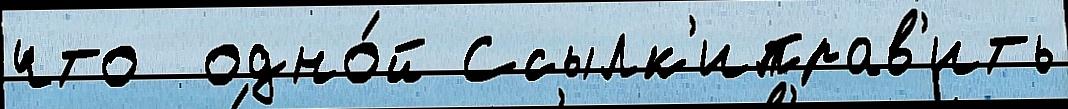
что  одно́й Ссылк'иправ'ить